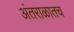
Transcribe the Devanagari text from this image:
अंतराळातच